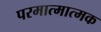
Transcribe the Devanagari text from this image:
परमात्मात्मक